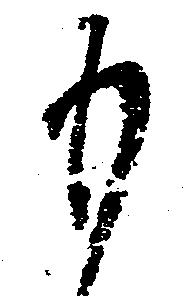
も